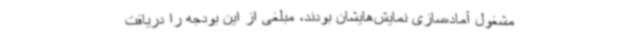
مشغول آماده‌سازی نمایش‌هایشان بودند، مبلغی از این بودجه را دریافت